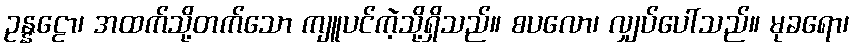
ဥန္နဠော၊ အထက်သို့တက်သော ကျူပင်ကဲ့သို့ရှိသည်။ စပလော၊ လျှပ်ပေါ်သည်။ မုခရော၊